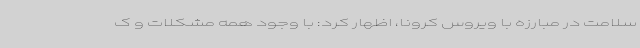
سلامت در مبارزه با ویروس کرونا، اظهار کرد: با وجود همه مشکلات و ک